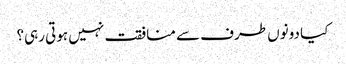
کیا دونوں طرف سے منافقت نہیں ہوتی رہی؟